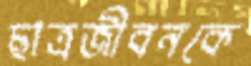
ছাত্রজীবনকে